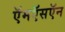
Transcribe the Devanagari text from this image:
ऍमऍसऍन